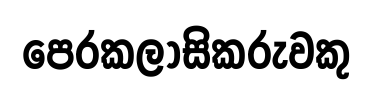
පෙරකලාසිකරුවකු